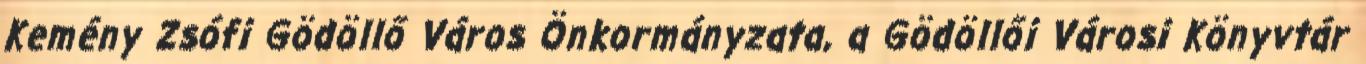
Kemény Zsófi Gödöllő Város Önkormányzata, a Gödöllői Városi Könyvtár